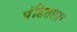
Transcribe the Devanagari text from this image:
पंडिताला